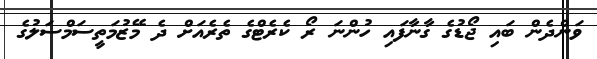
ވަންދެން ބައި ޖޯޑުގެ ގާނާފައި ހުންނަ ރޯ ކެރެޓްގެ ތެރެއަށް ދެ މޭޒުމަތީސަމްސަލުގެ